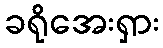
ခရိုအေးရှား